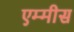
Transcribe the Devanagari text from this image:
एम्मीस